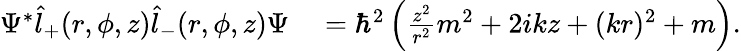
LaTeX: \begin{array}{rl}{\Psi^{*}\hat{l}_{+}(r,\phi,z)\hat{l}_{-}(r,\phi,z)\Psi}&{{}=\hbar^{2}\left(\frac{z^{2}}{r^{2}}m^{2}+2ikz+(kr)^{2}+m\right).}\end{array}